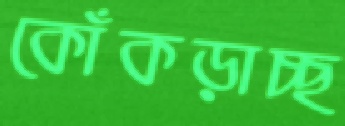
কোঁকড়াচ্ছ